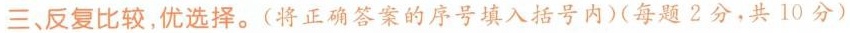
三、反复比较，优选择。(将正确答案的序号填入括号内)(每题 2 分，共 10 分)